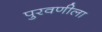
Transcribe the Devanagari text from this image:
पुरवणीला